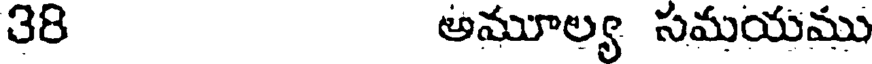
38 అమూల్య సమయము